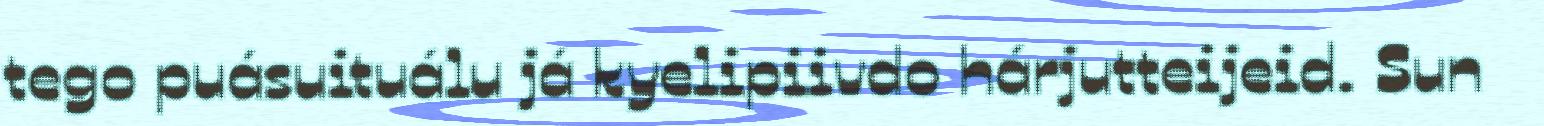
tego puásuituálu já kyelipiivdo hárjutteijeid. Sun